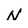
Character: N